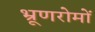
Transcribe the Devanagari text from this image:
भ्रूणरोमों